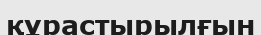
құрастырылғын